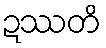
ဍဿတိ